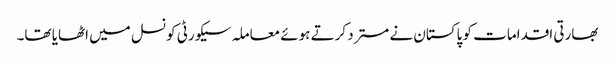
بھارتی اقدامات کو پاکستان نے مسترد کرتے ہوئے معاملہ سیکورٹی کونسل میں اٹھایا تھا۔